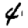
Digit: 4